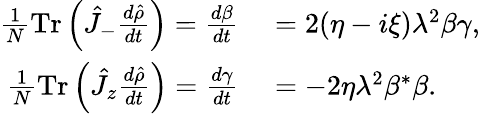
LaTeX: \begin{array}{rl}{\frac{1}{N}\mathrm{Tr}\left(\hat{J}_{-}\frac{d\hat{\rho}}{dt}\right)=\frac{d\beta}{dt}}&{{}=2(\eta-i\xi)\lambda^{2}\beta\gamma,}\\ {\frac{1}{N}\mathrm{Tr}\left(\hat{J}_{z}\frac{d\hat{\rho}}{dt}\right)=\frac{d\gamma}{dt}}&{{}=-2\eta\lambda^{2}\beta^{*}\beta.}\end{array}